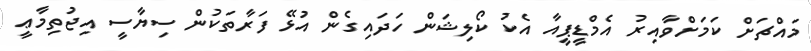
މައްޗަށް ކަމަށްވާއިރު އެމްޑީޕީއާ އެކު ކޯލިޝަން ހަދައިގެން އުޅޭ ފަރާތަކުން ސިޔާސީ އިޖުތިމާޢީ